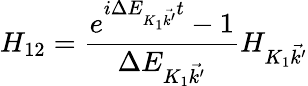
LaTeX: H_{12}=\frac{e^{i\Delta E_{{K_{1}}\vec{k^{\prime}}}t}-1}{\Delta E_{{K_{1}}\vec{k^{\prime}}}}H_{K_{1}\vec{k^{\prime}}}